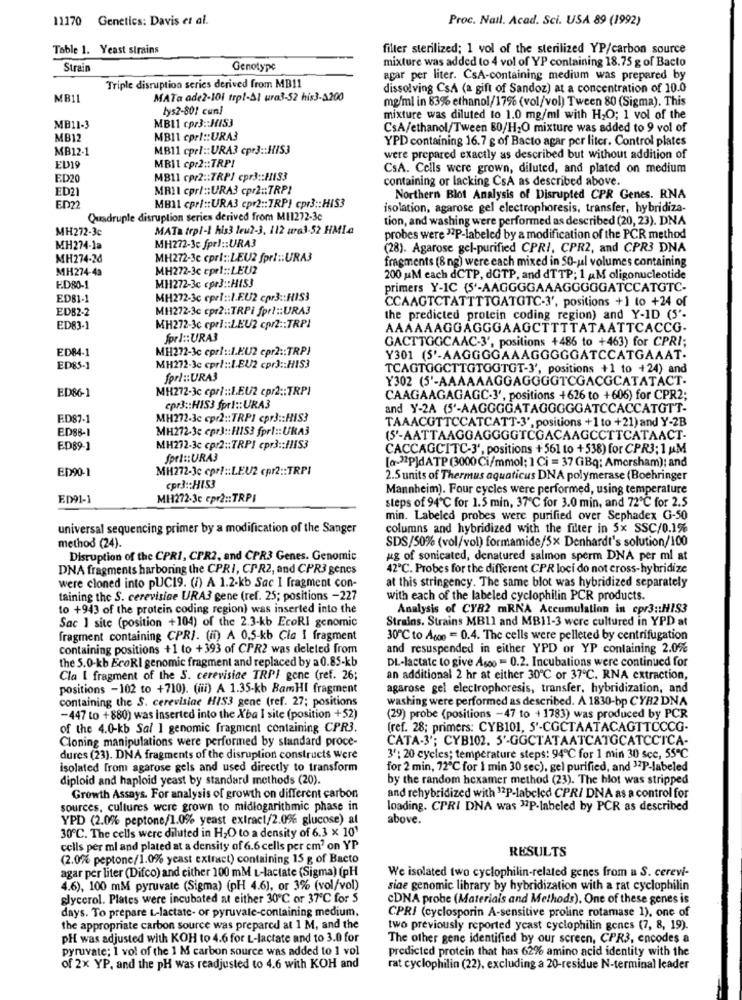
11170 Genetics: Davis et al.
Proc. Nail. Acad. Sci. USA 89 (1992)
Table 1. Yeast strains
filter sterilized; 1 vol of the sterilized YP/carbon source
mixture was added to 4 vol of YP containing 18.75 g of Bacto
Strain
Genotype
agar per liter. CsA-containing medium was prepared by
Triple disruption series derived from MB11
dissolving CsA (a gift of Sandoz) at a concentration of 10.0
MB11
MATa ade2-101 trpl-Al ura3-52 his3-A200
mg/ml in 83% ethanol/17% (vol/vol) Tween 80 (Sigma). This
lys2-801 cuni
MBL1 cpr3 :: HIS3
mixture was diluted to 1.0 mg/ml with H2O; 1 vol of the
MB11-3
CsA/ethanol/Tween 80/H2O mixture was added to 9 vol of
MB12
MB11 cprl :: URA3
YPD containing 16.7 g of Bacto agar per liter. Control plates
MB12-1
MB11 cprl :: URA3 cpr3 :: HIS3
were prepared exactly as described but without addition of
EU19
MBI1 cp:2 :: TRPI
CsA. Cells were grown, diluted, and plated on medium
ED20
MB11 cpr2 :: TRPI cpr3 :: HIS3
containing or lacking CsA as described above.
ED21
MRIl cpr/ :: URA3 cpr2 :: TRPI
Northern Blot Analysis of Disrupted CPR Genes. RNA
ED22
MBIL cprl :: URA3 cpr2 :: TRPI cpr3 :: HIS3
isolation, agarose gel electrophoresis, transfer, hybridiza-
Quadruple disruption series derived from MI1272-3c
tion, and washing were performed as described (20, 23). DNA
MH272-3c
MATa trpl-I his3 leu ?- 3, 112 wra3-52 HMia
probes were 32P-labeled by a modification of the PCR method
MH274-1a
MH272-3c fprl :: URA3
(28). Agarose gel-purified CPRI, CPR2, and CPR3 DNA
MH274-26
MH272-3c cprl :: LEU2 fprl :: URA3
fragments (8 ng) were each mixed in 50-ul volumes containing
MH274-43
MH272-3c epri :: LEU2
200 uM each dCTP, dGTP, and dTTP; 1 AM oligonucleotide
ED80-1
MH1272-3c cpr3 :: HIS3
primers Y-IC (5'-AAGGGGAAAGGGGGATCCATGTC-
ED81-1
MH272-3c epel :: I.E.U2 cpr3 :: HIS3
CCAAGTCTATTTTOATGTC-3', positions +1 to +24 of
EDB2-2
MH272-3c cpr2 :: TRPi fprl :: URA3
the predicted protein coding region) and Y-ID (5'.
ED83-1
MH272-3c cprl :: LEU2 cpr2 :: TRPI
AAAAAAGGAGGGAAGCTTTTATAATTCACCG.
forl :: URA3
GACTTGGCAAC-3', positions +486 to +463) for CPRI;
ED84-1
MH272-3c cpri :: I.E.U2 cpr2 :: TRPI
Y301 (5'-AAGGGGAAAGGGGGATCCATGAAAT.
ED85-1
MH272-3c cprl :: 1.EU2 cpr3 :: HIS3
TCAGTOGCTTGTOGTGT-3', positions +1_to +24) and
forl :: URA3
Y'302 (5'-AAAAAAGGAGGGGTCGACGCATATACT.
ED86-1
MH272-3c cpri :: I.EU2 cpr2 ;: TRPI
CAAGAAGAGAGC-3', positions +626 to +606) for CPR2;
cpr3 :: HIS3 fprl :: URA3
and Y-2A (5'-AAGGGGATAGGGGGATCCACCATGTT-
ED87-1
MH272-3c cpr2 :: TRPI cpr3 :: HIS3
TAAACGTTCCATCATT-3', positions +1 to +21) and Y-2B
ED88-1
MH272-3c cpr3 :: HIS3 fprl :: URA3
(5'-AATTAAGGAGGGGTCGACAAGCCTTCATAACT-
ED89-1
MH272-3c cp:2 :: TRPI cpr3 :: /1IS3
CACCAGCITC-3', positions +561 to +538) for CPR3: 1 uM
fprl :: URA3
ED90-1
MH272-3c cprl :: LEU2 cpr2 :: TRPI
[a-32pJdATP (3000 Ci/mmol; 1 Ci = 37 GBq: Amersham); and
2.5 units of Thermus aquaticus DNA polymerase (Boehringer
cpr3 :: HIS3
Mannheim). Four cycles were performed, using temperature
ED91-1
MH272-3c cpr2 :: TRPI
steps of 94℃ for 1.5 min, 37℃ for 3.0 min, and 72℃ for 2.5
min. Labeled probes were purified over Sephadex G-50
universal sequencing primer by a modification of the Sanger
columns and hybridized with the filter in 5x SSC/0.1%
SDS/50% (vol/vol) formamide/5x Denhardt's solution/100
method (24).
Disruption of the CPRI, CPR2, and CPR3 Genes. Genomic
ug of sonicated, denatured salmon sperm DNA per ml at
DNA fragments harboring the CPRI, CPR2, and CPR3 genes
42℃. Probes for the different CPR loci do not cross-hybridize
were cloned into pUC19. (i) A 1.2-kb Sac I fragment con-
at this stringency. The same blot was hybridized separately
taining the S. cerevisice URA3 gene (ref. 25; positions -227
with each of the labeled cyclophilin PCR products.
to +943 of the protein coding region) was inserted into the
Analysis of CY82 mRNA Accumulation in cpr3 :: HIS3
Sac 1 site (position +104) of the 2.3-kb EcoRI genomic
Strains. Strains MBLI and MB11-3 were cultured in YPD at
fragment containing CPRI. (ii) A 0,5-kb Cla I fragment
30℃ to Ame = 0.4. The cells were pelleted by centrifugation
containing positions +1 to +393 of CPR2 was deleted from
and resuspended in either YPD or YP containing 2.0%
the 5.0-kb EcoRI genomic fragment and replaced by a 0.85-kb
DL-lactate to give Asoo = 0.2. Incubations were continued for
Cla I fragment of the 5. cerevisine TRPI gene (ref. 26;
an additional 2 hr at either 30℃ or 37℃. RNA extraction,
positions -102 to +710). (iii) A 1.35-kb BamHI fragment
agarose gel electrophoresis, transfer, hybridization, and
containing the S. cerevisiae HIS3 gene (ref. 27; positions
washing were performed as described. A 1830-bp CYR2 DNA
-447 to +880) was inserted into the Xba I site (position +52)
(29) probe (positions -47 to +1783) was produced by PCR
of the 4.0-kb Sal 1 genomic fragment containing CPR3.
(ref. 28; primers: CYB101, 5'-CGCTAATACAGTTCCCG-
Cloning manipulations were performed by standard proce-
CATA-3'; CYB102. 5'-GGCTATAATCATGCATCCTCA-
dures (23). DNA fragments of the disruption constructs Were
3': 20 cycles; temperature steps: 94℃ for 1 min 30 sec, 55℃
isolated from agarose gels and used directly to transform
for 2 min, 72℃ for 1 min 30 sec), gel purified, and 37P-labeled
diploid and haploid yeast by standard methods (20).
by the random hexamer method (23). The hlot was stripped
Growth Assays. For analysis of growth on different carbon
and rehybridized with 12P-labeled CPR/ DNA as a control for
sources, cultures were grown to midlogarithmic phase in
loading. CPRI DNA was 37P-labeled by PCR as described
YPD (2.0% peptone/1.0% yeast extract/2.0% glucose) al
above.
30℃. The cells were diluted in H2O to a density of 6.3 x 10'
cells per mi and plated at a density of 6.6 cells per cm' on YP
RESULTS
(2.0% peptone/1.0% yeast extract) containing 15 g of Bacto
agar per liter (Difco) and cither 100 mM L-lactate (Sigma) (pH
We isolated two cyclophilin-related genes from a S. cerevi-
4.6), 100 mM pyruvate (Sigma) (pH 4.6), or 3% (vol/vol)
siae genomic library by hybridization with a rat cyclophilin
glycerol. Plates were incubated at either 30℃ or 37℃ for 5
CDNA probe (Materials and Methods). One of these genes is
days. To prepare L-lactate- or pyruvate-containing medium,
CPRI (cyclosporin A-sensitive proline rotamase 1), one of
the appropriate carbon source was prepared at 1 M, and the
two previously reported yeast cyclophilin genes (7, 8, 19).
pH was adjusted with KOH to 4.6 for L-lactate and to 3.0 for
The other gene identified by our screen, CPR3, encodes a
pyruvate; 1 vol of the 1 M carbon source was added to 1 vol
predicted protein that has 62% amino acid identity with the
of 2x YP, and the pH was readjusted to 4.6 with KOH and
rat cyclophilin (22), excluding a 20-residue N-terminal leader